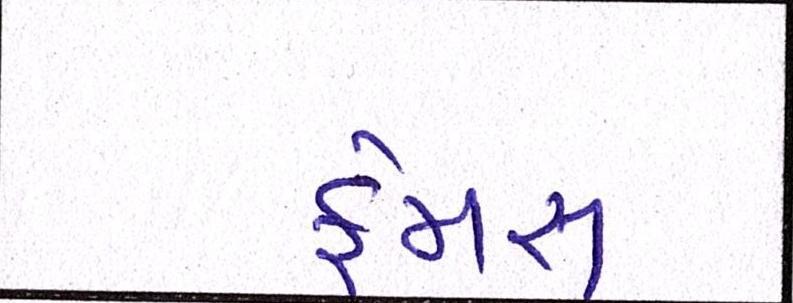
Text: ફેમસ